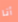
أنا